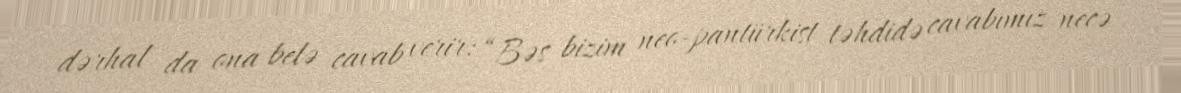
dərhal da ona belə cavab verir: “Bəs bizim neo-pantürkist təhdidə cavabımız necə